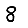
Digit: 8